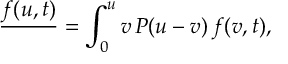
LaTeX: \frac { \d f ( u , t ) } { \d t } = \int _ { 0 } ^ { u } \d v \, P ( u - v ) \, f ( v , t ) ,